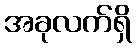
အခုလက်ရှိ